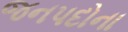
જનપદોના